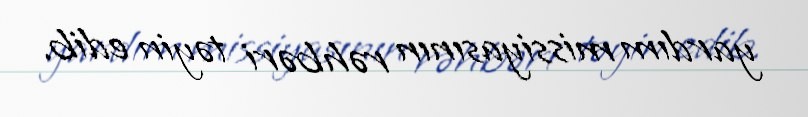
yardım missiyasının rəhbəri təyin edib.